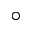
^ { \circ }